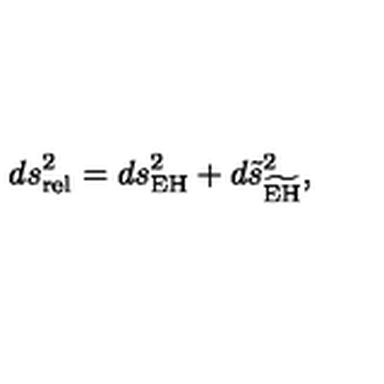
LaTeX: d s _ { \mathrm { r e l } } ^ { 2 } = d s _ { \mathrm { E H } } ^ { 2 } + d \tilde { s } _ { \widetilde { \mathrm { E H } } } ^ { 2 } ,